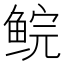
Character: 鲩